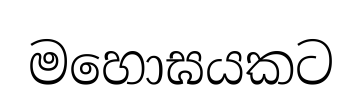
මහොඝයකට